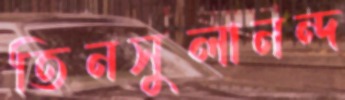
তিনসুলানন্দ